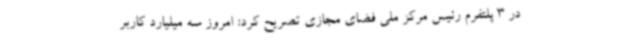
در 3 پلتفرم رئیس مرکز ملی فضای مجازی تصریح کرد: امروز سه میلیارد کاربر